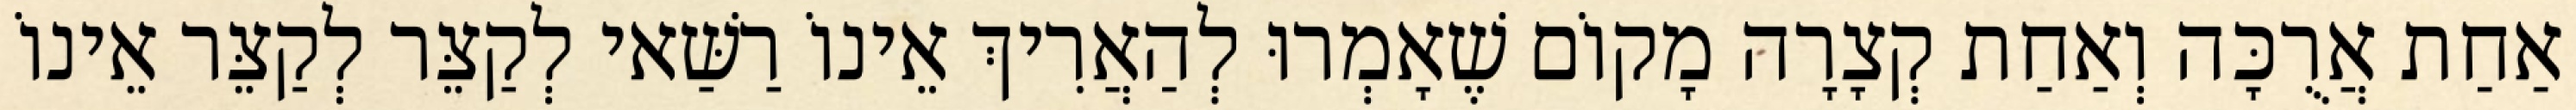
אַחַת אֲרֻכָּה וְאַחַת קְצָרָה מָקוֹם שֶׁאָמְרוּ לְהַאֲרִיךְ אֵינוֹ רַשַּׁאי לְקַצֵּר לְקַצֵּר אֵינוֹ